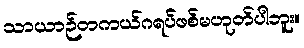
သာယာဉ်တကယ်ဂရပ်ဖစ်မဟုတ်ပါဘူး။